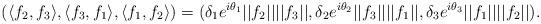
LaTeX: \begin{align*}\left(\langle f_2,f_3\rangle,\langle f_3,f_1\rangle,\langle f_1,f_2\rangle\right)=(\delta_1e^{i\theta_1}||f_2||||f_3||,\delta_2e^{i\theta_2}||f_3||||f_1||,\delta_3e^{i\theta_3}||f_1||||f_2||).\end{align*}